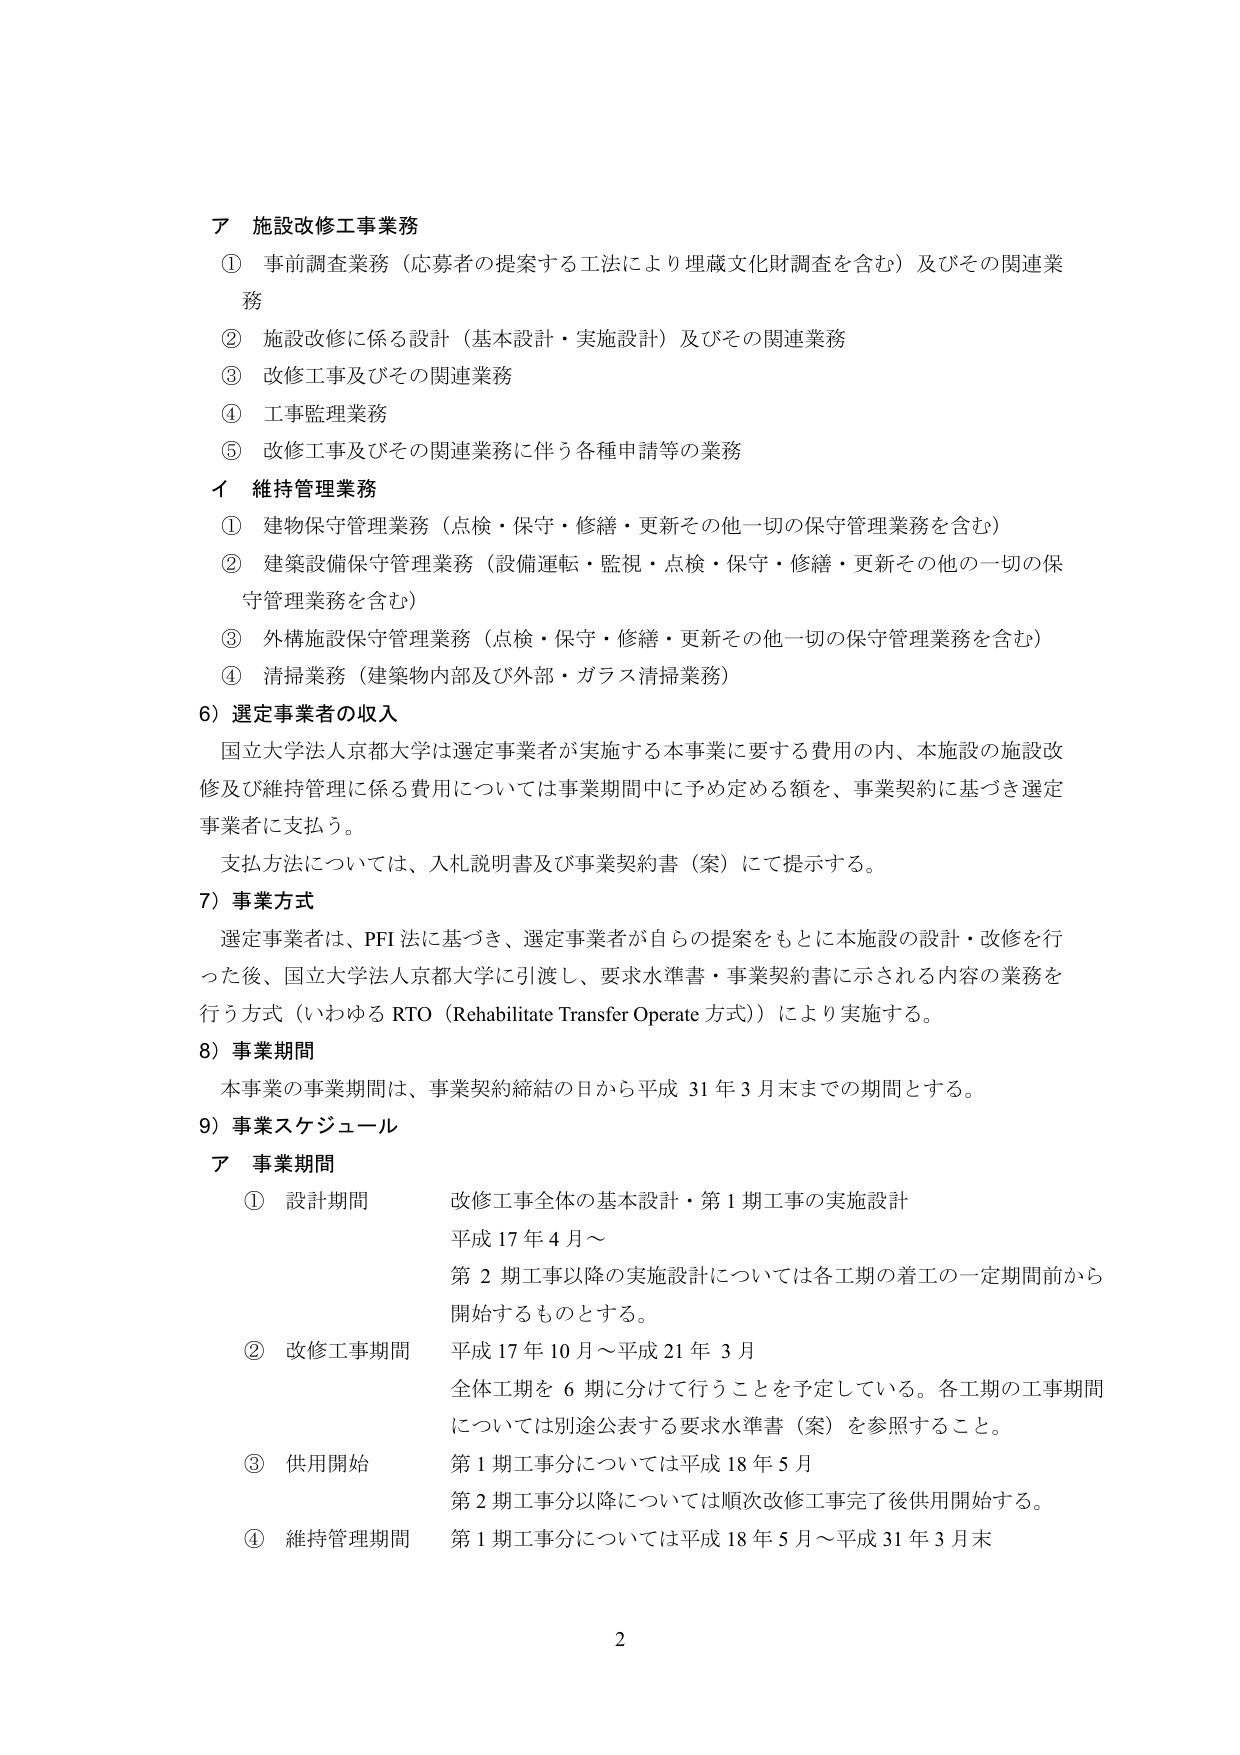
ア 施設改修工事業務
① 事前調査業務（応募者の提案する工法により埋蔵文化財調査を含む）及びその関連業務
② 施設改修に係る設計（基本設計・実施設計）及びその関連業務
③ 改修工事及びその関連業務
④ 工事監理業務
⑤ 改修工事及びその関連業務に伴う各種申請等の業務

イ 維持管理業務
① 建物保守管理業務（点検・保守・修繕・更新その他一切の保守管理業務を含む）
② 建築設備保守管理業務（設備運転・監視・点検・保守・修繕・更新その他一切の保守管理業務を含む）
③ 外構施設保守管理業務（点検・保守・修繕・更新その他一切の保守管理業務を含む）
④ 清掃業務（建築物内部及び外部・ガラス清掃業務）

6）選定事業者の収入
国立大学法人京都大学は選定事業者が実施する本事業に要する費用の内、本施設の施設改修及び維持管理に係る費用については事業期間中に予め定める額を、事業契約に基づき選定事業者に支払う。
支払方法については、入札説明書及び事業契約書（案）にて提示する。

7）事業方式
選定事業者は、PFI法に基づき、選定事業者が自らの提案をもとに本施設の設計・改修を行った後、国立大学法人京都大学に引渡し、要求水準書・事業契約書に示される内容の業務を行う方式（いわゆる RTO（Rehabilitate Transfer Operate 方式））により実施する。

8）事業期間
本事業の事業期間は、事業契約締結の日から平成31年3月末までの期間とする。

9）事業スケジュール
ア 事業期間
① 設計期間　改修工事全体の基本設計・第1期工事の実施設計
　　　　　　　平成17年4月～
　　　　　　　第2期工事以降の実施設計については各工期の着工の一定期間前から開始するものとする。
② 改修工事期間　平成17年10月～平成21年3月
　　　　　　　全体工期を6期に分けて行うことを予定している。各工期の工事期間については別途公表する要求水準書（案）を参照すること。
③ 供用開始　第1期工事分については平成18年5月
　　　　　　　第2期工事分以降については順次改修工事完了後供用開始する。
④ 維持管理期間　第1期工事分については平成18年5月～平成31年3月末

2